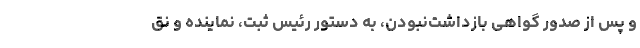
و پس از صدور گواهی بازداشت‌نبودن، به دستور رئیس ثبت، نماینده و نق